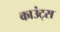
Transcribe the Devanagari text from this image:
काउंट्स